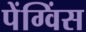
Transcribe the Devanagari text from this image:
पेंग्विंस